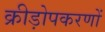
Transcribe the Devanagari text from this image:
क्रीड़ोपकरणों